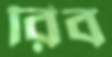
রিব